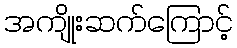
အကျိုးဆက်ကြောင့်